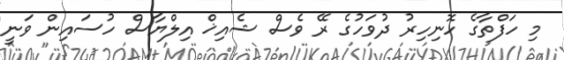
މި ހަފްތާގެ ހޮނިހިރު ދުވަހުގެ ރޭ ވެސް ޝެއިޚް އިލްޔާސް ހުސައިން ވަނީ